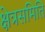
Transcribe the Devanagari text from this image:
क्षेत्रसमिति